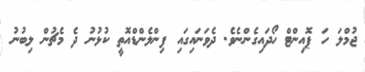
ޖުމްލަ ހަ ޕޮއިންޓް ހޯދައިގެންނެވެ. ދެވަނައިގައި ފިންލެންޑްއޮތީ ކުޅުނު ދެ މެޗުން ލިބުނު